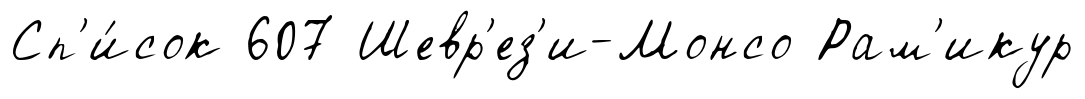
Сп'и́сок 607 Шевр'ез'и-Монсо Рам'икур